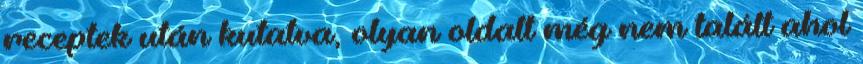
receptek után kutatva, olyan oldalt még nem talált ahol